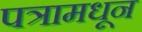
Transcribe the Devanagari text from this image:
पत्रामधून